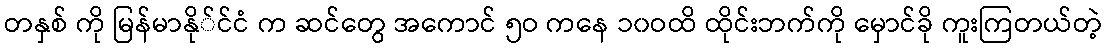
တနှစ် ကို မြန်မာနို်င်ငံ က ဆင်တွေ အကောင် ၅ဝ ကနေ ၁၀ဝထိ ထိုင်းဘက်ကို မှောင်ခို ကူးကြတယ်တဲ့